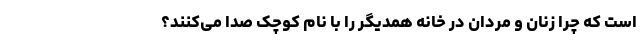
است که چرا زنان و مردان در خانه همدیگر را با نام کوچک صدا می‌کنند؟